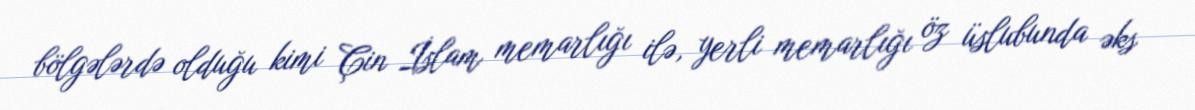
bölgələrdə olduğu kimi Çin İslam memarlığı ilə, yerli memarlığı öz üslubunda əks